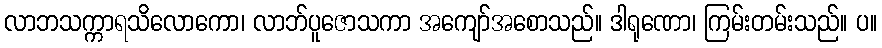
လာဘသက္ကာရသိလောကော၊ လာဘ်ပူဇောသကာ အကျော်အစောသည်။ ဒါရုဏော၊ ကြမ်းတမ်းသည်။ ပ။